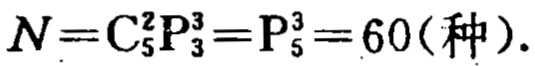
\(N=\mathrm{C}_{5}^{2}\mathrm{P}_{3}^{3}=\mathrm{P}_{5}^{3}=60(\text{种}).\)